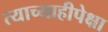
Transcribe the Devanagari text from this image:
त्याच्याहीपेक्षा